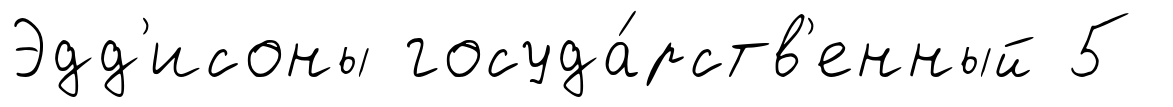
Эдд'исоны госуда́рств'енный 5